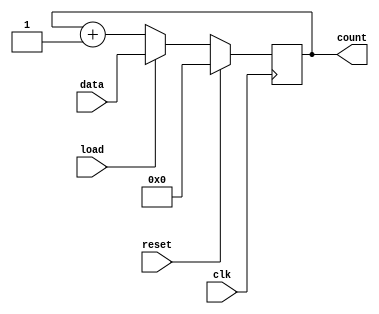
module LoadableCounter #(
    parameter WIDTH = 8  // Parameter for width of the counter
)(
    input wire clk,        // Clock input
    input wire load,       // Load control signal
    input wire reset,      // Reset control signal
    input wire [WIDTH-1:0] data, // Load value input
    output reg [WIDTH-1:0] count // Counter output
);

// Sequential logic for counter operation
always @(posedge clk) begin
    if (reset) begin
        // Reset the counter to zero
        count <= {WIDTH{1'b0}};
    end else if (load) begin
        // Load the counter with the specified value
        count <= data;
    end else begin
        // Increment the counter
        count <= count + 1;
    end
end

endmodule